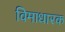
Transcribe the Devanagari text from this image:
विमाधारक